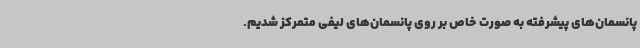
پانسمان‌های پیشرفته به صورت خاص بر روی پانسمان‌های لیفی متمرکز شدیم.